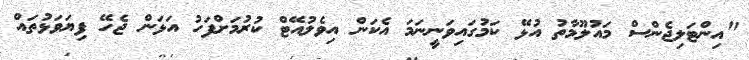
"އިންޓަލިޖެންސް މައުލޫމާތު އުޅޭ ކަމުގައިވަނީނަމަ އެކަން އިވެލުއޭޓް ކުރުމަށްފަހު އަޅަން ޖެހޭ ފިޔަވަޅުތައް